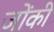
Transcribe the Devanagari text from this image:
जोंकी